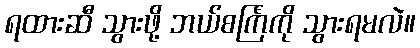
ရထားဆီ သွားဖို့ ဘယ်စင်္ကြံကို သွားရမလဲ။